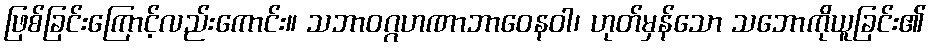
ဖြစ်ခြင်းကြောင့်လည်းကောင်း။ သဘာဝဂ္ဂဟဏာဘာဝေနဝါ၊ ဟုတ်မှန်သော သဘောကိုယူခြင်း၏